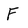
Character: F